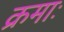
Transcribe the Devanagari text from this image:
क्रमाः